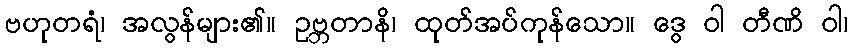
ဗဟုတရံ၊ အလွန်များ၏။ ဥဗ္ဘတာနိ၊ ထုတ်အပ်ကုန်သော။ ဒွေ ဝါ တီဏိ ဝါ၊